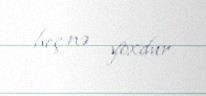
heç nə yoxdur.